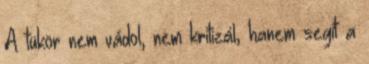
A tükör nem vádol, nem kritizál, hanem segít a